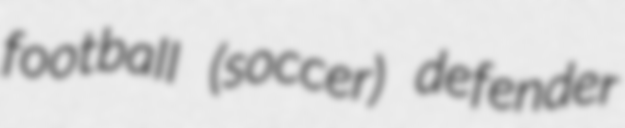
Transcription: football (soccer) defender